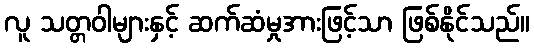
လူ သတ္တဝါများနှင့် ဆက်ဆံမှုအားဖြင့်သာ ဖြစ်နိုင်သည်။